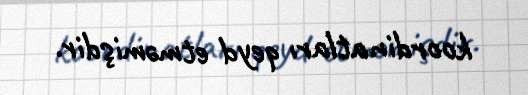
koordinatları qeyd etməmişdir.